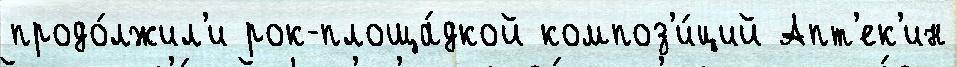
продо́лжил'и рок-площа́дкой композ'и́ций Апт'ек'ин